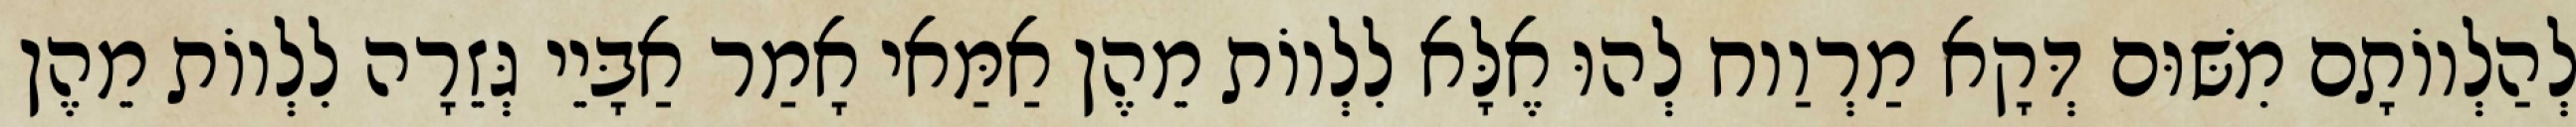
לְהַלְווֹתָם מִשּׁוּם דְּקָא מַרְוַוח לְהוּ אֶלָּא לִלְווֹת מֵהֶן אַמַּאי אָמַר אַבָּיֵי גְּזֵרָה לִלְווֹת מֵהֶן